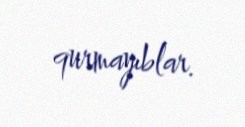
qurmayıblar.